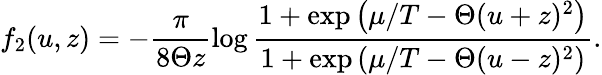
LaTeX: f_{2}(u,z)=-\frac{\pi}{8\Theta z}\log\frac{1+\exp\left({\mu}/{T}-\Theta(u+z)^{2}\right)}{1+\exp\left({\mu}/{T}-\Theta(u-z)^{2}\right)}.